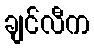
ချင်လီက